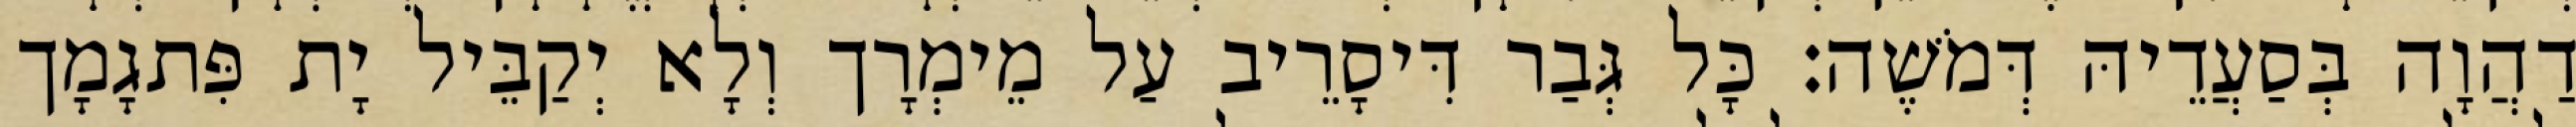
דַהֲוָה בְּסַעֲדֵיהּ דְּמֹשֶׁה׃ כָּל גְּבַר דִּיסָרֵיב עַל מֵימְרָך וְלָא יְקַבֵּיל יָת פִּתגָמָך